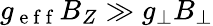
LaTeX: g_{\mathrm{~e~f~f~}}B_{Z}\gg g_{\perp}B_{\perp}